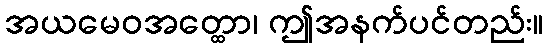
အယမေဝအတ္ထော၊ ဤအနက်ပင်တည်း။